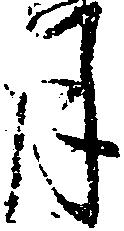
月